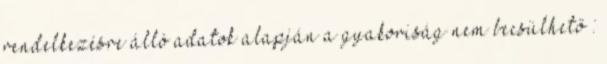
rendelkezésre álló adatok alapján a gyakoriság nem becsülhető :